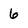
Character: 6